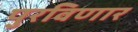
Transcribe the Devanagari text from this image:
पुरविणार